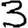
Digit: 3